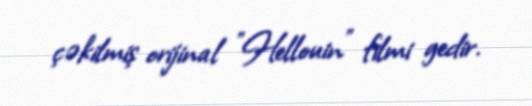
çəkilmiş orijinal "Hellouin" filmi gedir.